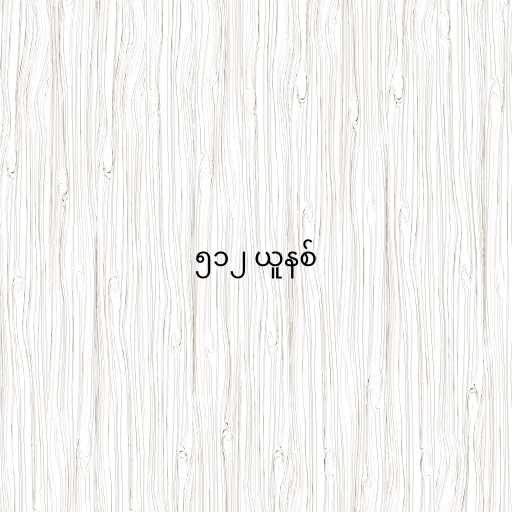
၅၁၂ ယူနစ်